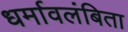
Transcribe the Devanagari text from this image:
धर्मावलंबिता